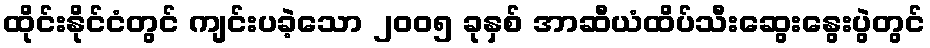
ထိုင်းနိုင်ငံတွင် ကျင်းပခဲ့သော ၂၀၀၅ ခုနှစ် အာဆီယံထိပ်သီးဆွေးနွေးပွဲတွင်